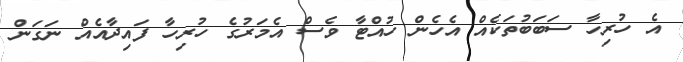
އެ ހުރިހާ ސަބަބުތަކެއް އެހެން ހުއްޓާ ވެސް އެމަރުގެ ހުރިހާ ފައިދާއެއް ނަގަން